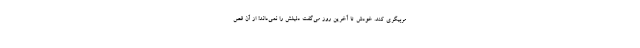
مربیگری کند. خودش تا آخرین روز می‌گفت دلیلش را نمی‌داند! از آن قص